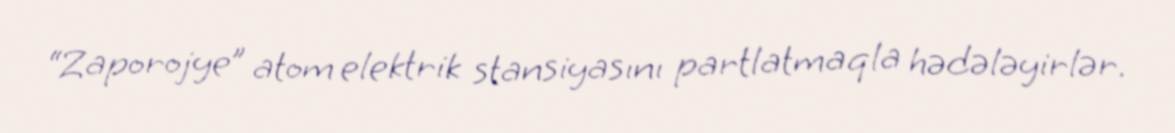
“Zaporojye” atom elektrik stansiyasını partlatmaqla hədələyirlər.